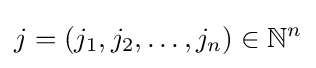
j=(j_{1},j_{2},\ldots ,j_{n})\in \mathbb {N} ^{n}